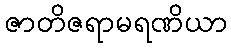
ဇာတိဇရာမရဏိယာ